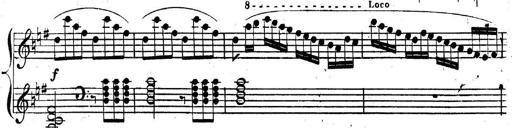
Title: Nouvelle Sonatine facile et agrÃ©able
Composer: Ignaz Moscheles
Key: G major